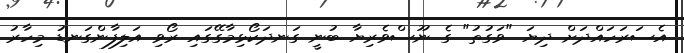
އެސަރަހައްދަށް ދިޔަ "ވަގުތު" ގެ ނޫސްވެރިޔާ ބުނީ ގަނދަކޯޅިމާގޭގައި ރޯވި އަލިފާންގަނޑު މިހާރު